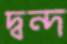
দ্বন্দ